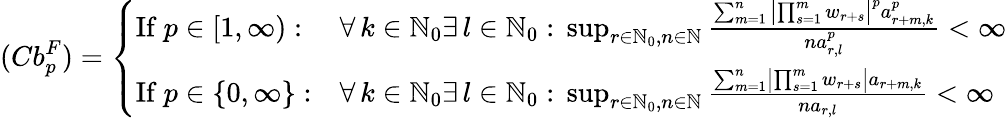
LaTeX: (Cb_{p}^{F})=\left\{ \begin{array}{ll}{\mathrm{If~}p\in[1,\infty):}&{\forall\, k\in\mathbb{N}_{0}\exists\, l\in\mathbb{N}_{0}:\, \operatorname*{sup}_{r\in\mathbb{N}_{0},n\in\mathbb{N}}\frac{\sum_{m=1}^{n}\left|\prod_{s=1}^{m}w_{r+s}\right|^{p}a_{r+m,k}^{p}}{na_{r,l}^{p}}<\infty}\\ {\mathrm{If~}p\in\{ 0,\infty\} :}&{\forall\, k\in\mathbb{N}_{0}\exists\, l\in\mathbb{N}_{0}:\, \operatorname*{sup}_{r\in\mathbb{N}_{0},n\in\mathbb{N}}\frac{\sum_{m=1}^{n}\left|\prod_{s=1}^{m}w_{r+s}\right|a_{r+m,k}}{na_{r,l}}<\infty}\end{array}\right.